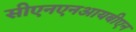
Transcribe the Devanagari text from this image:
सीएनएनआयबीएन